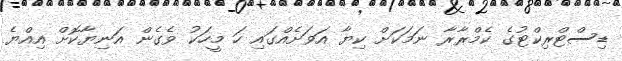
ޑިސްޓްރިކްޓުގެ ކެމްރާރާ ނަމަކަށް ކިޔާ އަވަށެއްގައި ހަ މީހަކު ވެގެން އަނިޔާކޮށް އިއްޔެ